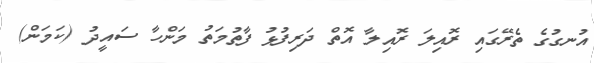
އުނގުގެ ތެރޭގައި ރޮއިލަ ރޮއިލާ އޮތް ދަރިފުޅު ފާތުމަތު މަންހާ ސައީދު (ކަމަން)